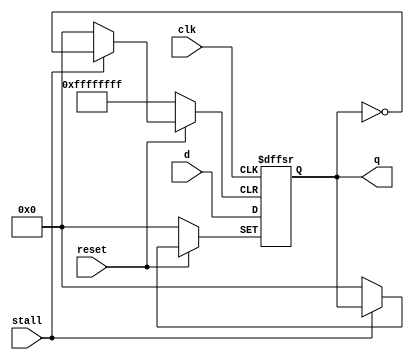
`timescale 1ns / 1ps
//////////////////////////////////////////////////////////////////////////////////
// Company: 
// Engineer: 
// 
// Design Name: 
// Module Name: pc
// Project Name: 
// Target Devices: 
// Tool Versions: 
// Description: 
// 
// Dependencies: 
// 
// Revision:
// Revision 0.01 - File Created
// Additional Comments:
// 
//////////////////////////////////////////////////////////////////////////////////

module pc(
    input clk,
    input reset,
    input [31:0] d,
    output [31:0] q,
    input stall
     );
     reg [31:0] q_reg;
    initial begin 
        q_reg <= 32'b0 ; 
    end
     always@(posedge clk or negedge reset or posedge stall) begin
        if(stall) begin 
            q_reg <= q_reg;
            end
        else begin
            if(!reset)
                q_reg <= 32'b0;
            else
                q_reg <= d;
       end
    end
    assign q = q_reg;
endmodule